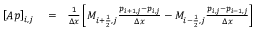
\begin{array} { r l r } { \left[ A p \right] _ { i , j } } & { { } = } & { \frac { 1 } { \Delta x } \left[ M _ { i + \frac { 1 } { 2 } , j } \frac { p _ { i + 1 , j } - p _ { i , j } } { \Delta x } - M _ { i - \frac { 1 } { 2 } , j } \frac { p _ { i , j } - p _ { i - 1 , j } } { \Delta x } \right] } \end{array}